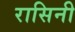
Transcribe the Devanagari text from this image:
रासिनी